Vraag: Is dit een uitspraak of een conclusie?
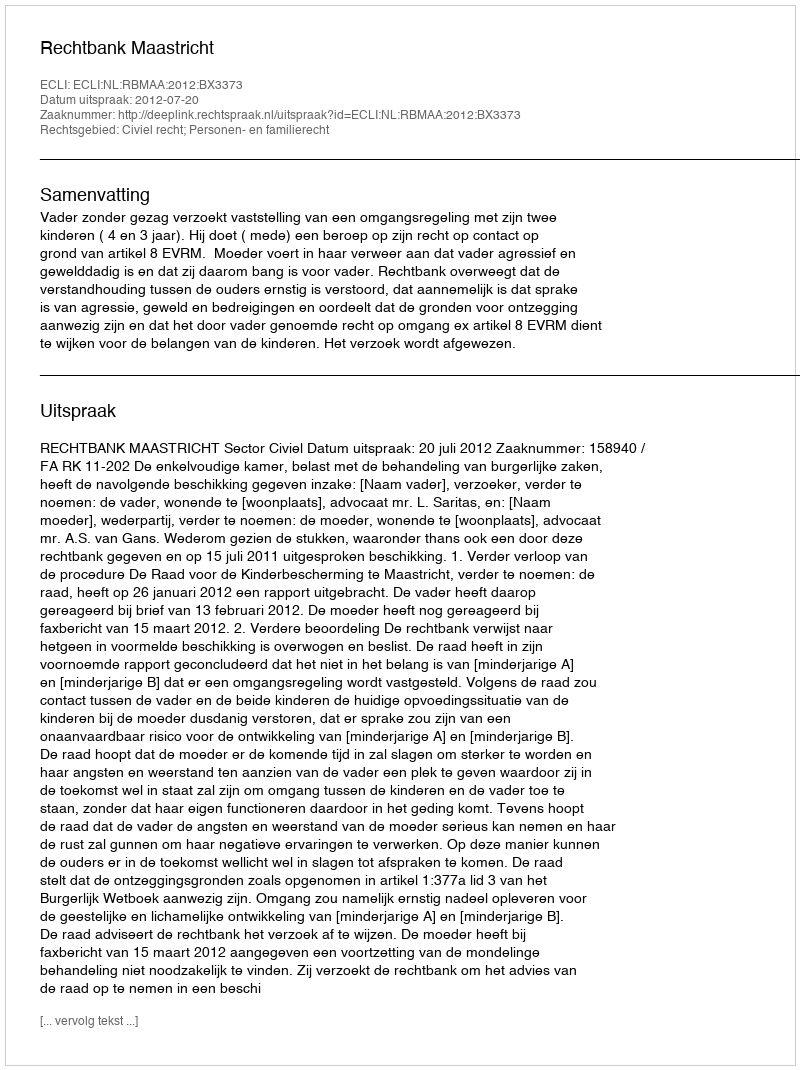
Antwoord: Uitspraak